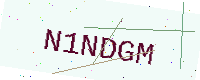
Text: N1NDGM